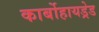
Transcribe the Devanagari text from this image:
कार्बोहायड्रेड